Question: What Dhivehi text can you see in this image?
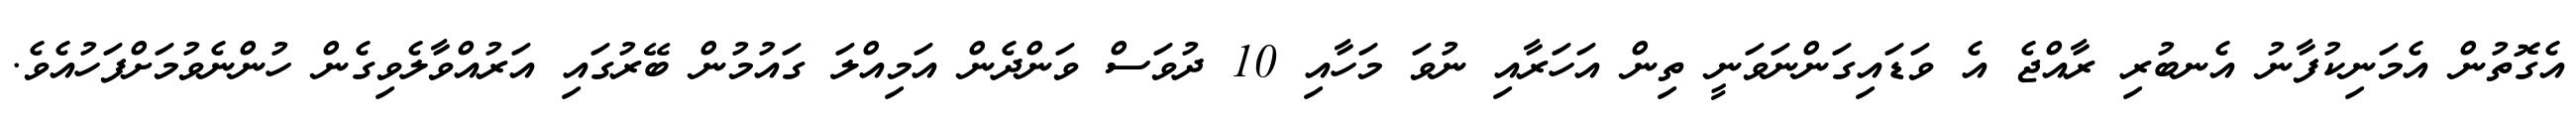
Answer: އެގޮތުން އެމަނިކުފާނު އެނބުރި ރާއްޖެ އެ ވަޑައިގަންނަވަނީ ތިން އަހަރާއި ނުވަ މަހާއި 10 ދުވަސް ވަންދެން އަމިއްލަ ގައުމުން ބޭރުގައި އަރުއްވާލެވިގެން ހުންނެވުމަށްފަހުއެވެ.